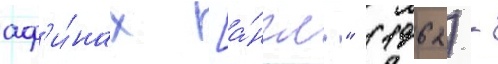
аф'и́нах [а́нгл." (1962) -